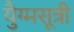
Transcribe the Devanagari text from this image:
युैग्मसूत्री